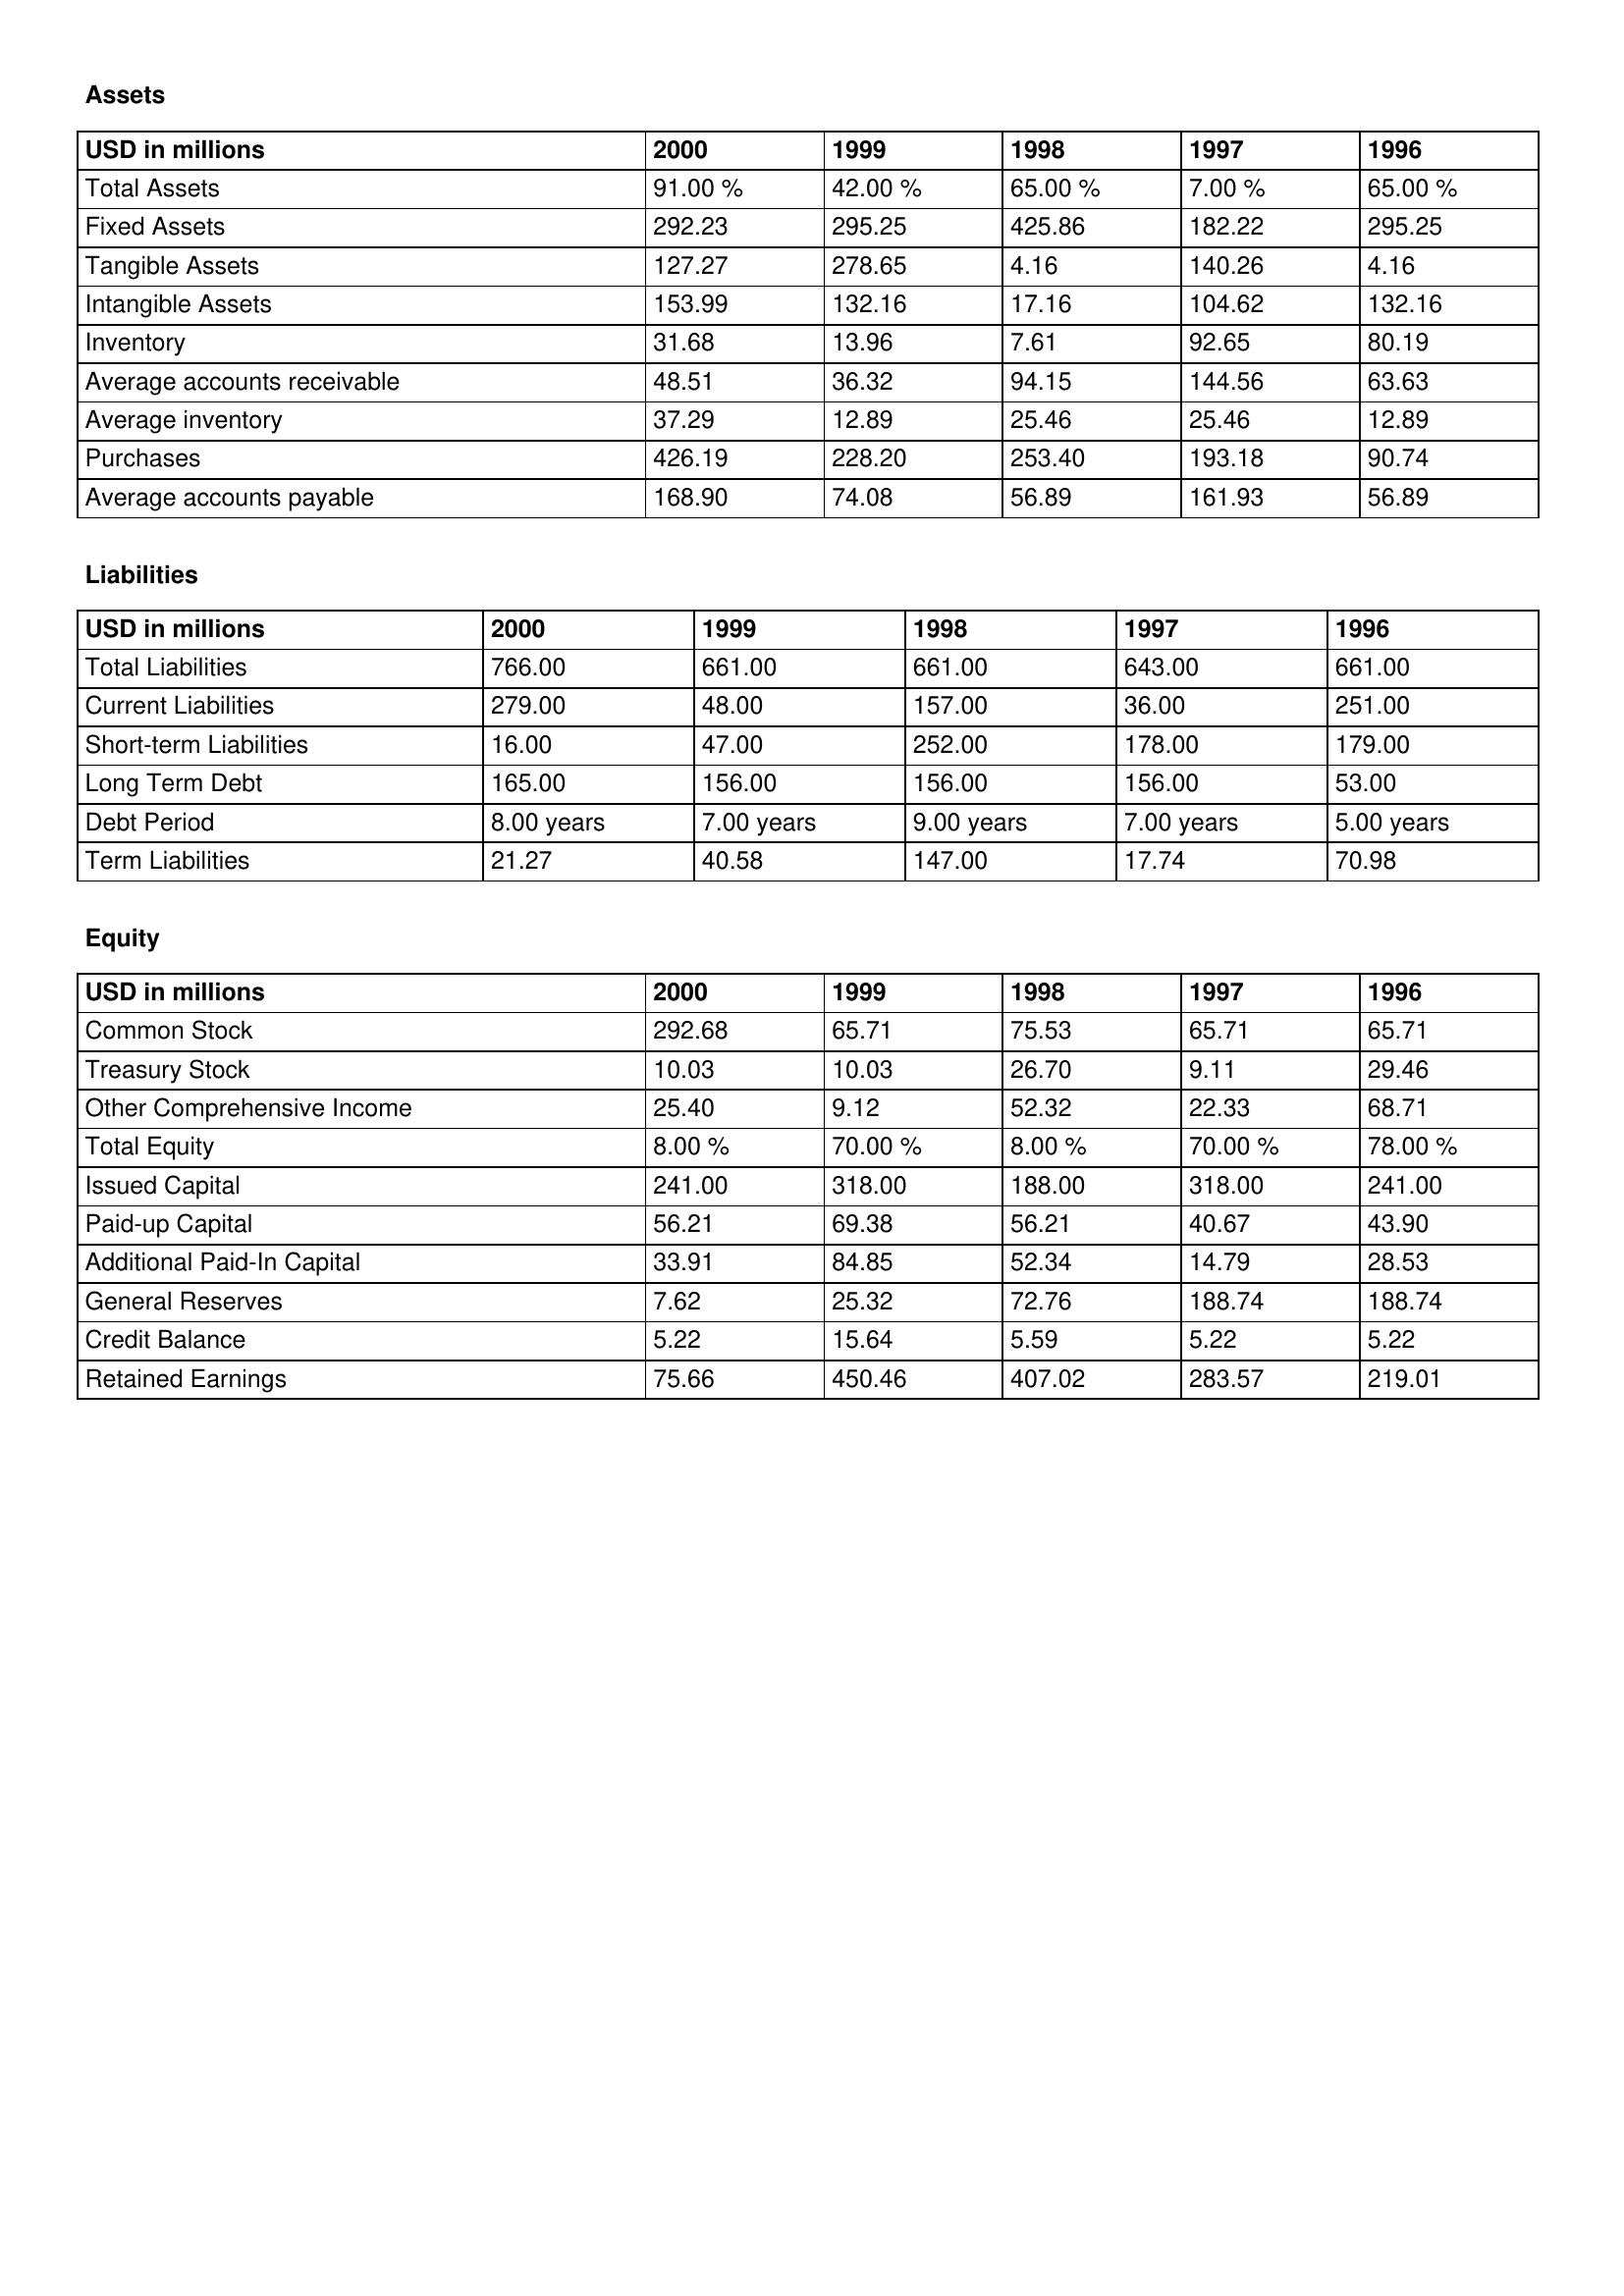
gt_parse: 2000: Assets: Total Assets: 91.00 %
Fixed Assets: 292.23
Tangible Assets: 127.27
Intangible Assets: 153.99
Inventory: 31.68
Average accounts receivable: 48.51
Average inventory: 37.29
Purchases: 426.19
Average accounts payable: 168.90
Liabilities: Total Liabilities: 766.00
Current Liabilities: 279.00
Short-term Liabilities: 16.00
Long Term Debt: 165.00
Debt Period: 8.00 years
Term Liabilities: 21.27
Equity: Common Stock: 292.68
Treasury Stock: 10.03
Other Comprehensive Income: 25.40
Total Equity: 8.00 %
Issued Capital: 241.00
Paid-up Capital: 56.21
Additional Paid-In Capital: 33.91
General Reserves: 7.62
Credit Balance: 5.22
Retained Earnings: 75.66
1999: Assets: Total Assets: 42.00 %
Fixed Assets: 295.25
Tangible Assets: 278.65
Intangible Assets: 132.16
Inventory: 13.96
Average accounts receivable: 36.32
Average inventory: 12.89
Purchases: 228.20
Average accounts payable: 74.08
Liabilities: Total Liabilities: 661.00
Current Liabilities: 48.00
Short-term Liabilities: 47.00
Long Term Debt: 156.00
Debt Period: 7.00 years
Term Liabilities: 40.58
Equity: Common Stock: 65.71
Treasury Stock: 10.03
Other Comprehensive Income: 9.12
Total Equity: 70.00 %
Issued Capital: 318.00
Paid-up Capital: 69.38
Additional Paid-In Capital: 84.85
General Reserves: 25.32
Credit Balance: 15.64
Retained Earnings: 450.46
1998: Assets: Total Assets: 65.00 %
Fixed Assets: 425.86
Tangible Assets: 4.16
Intangible Assets: 17.16
Inventory: 7.61
Average accounts receivable: 94.15
Average inventory: 25.46
Purchases: 253.40
Average accounts payable: 56.89
Liabilities: Total Liabilities: 661.00
Current Liabilities: 157.00
Short-term Liabilities: 252.00
Long Term Debt: 156.00
Debt Period: 9.00 years
Term Liabilities: 147.00
Equity: Common Stock: 75.53
Treasury Stock: 26.70
Other Comprehensive Income: 52.32
Total Equity: 8.00 %
Issued Capital: 188.00
Paid-up Capital: 56.21
Additional Paid-In Capital: 52.34
General Reserves: 72.76
Credit Balance: 5.59
Retained Earnings: 407.02
1997: Assets: Total Assets: 7.00 %
Fixed Assets: 182.22
Tangible Assets: 140.26
Intangible Assets: 104.62
Inventory: 92.65
Average accounts receivable: 144.56
Average inventory: 25.46
Purchases: 193.18
Average accounts payable: 161.93
Liabilities: Total Liabilities: 643.00
Current Liabilities: 36.00
Short-term Liabilities: 178.00
Long Term Debt: 156.00
Debt Period: 7.00 years
Term Liabilities: 17.74
Equity: Common Stock: 65.71
Treasury Stock: 9.11
Other Comprehensive Income: 22.33
Total Equity: 70.00 %
Issued Capital: 318.00
Paid-up Capital: 40.67
Additional Paid-In Capital: 14.79
General Reserves: 188.74
Credit Balance: 5.22
Retained Earnings: 283.57
1996: Assets: Total Assets: 65.00 %
Fixed Assets: 295.25
Tangible Assets: 4.16
Intangible Assets: 132.16
Inventory: 80.19
Average accounts receivable: 63.63
Average inventory: 12.89
Purchases: 90.74
Average accounts payable: 56.89
Liabilities: Total Liabilities: 661.00
Current Liabilities: 251.00
Short-term Liabilities: 179.00
Long Term Debt: 53.00
Debt Period: 5.00 years
Term Liabilities: 70.98
Equity: Common Stock: 65.71
Treasury Stock: 29.46
Other Comprehensive Income: 68.71
Total Equity: 78.00 %
Issued Capital: 241.00
Paid-up Capital: 43.90
Additional Paid-In Capital: 28.53
General Reserves: 188.74
Credit Balance: 5.22
Retained Earnings: 219.01